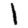
Digit: 1